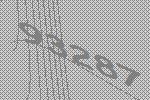
93287